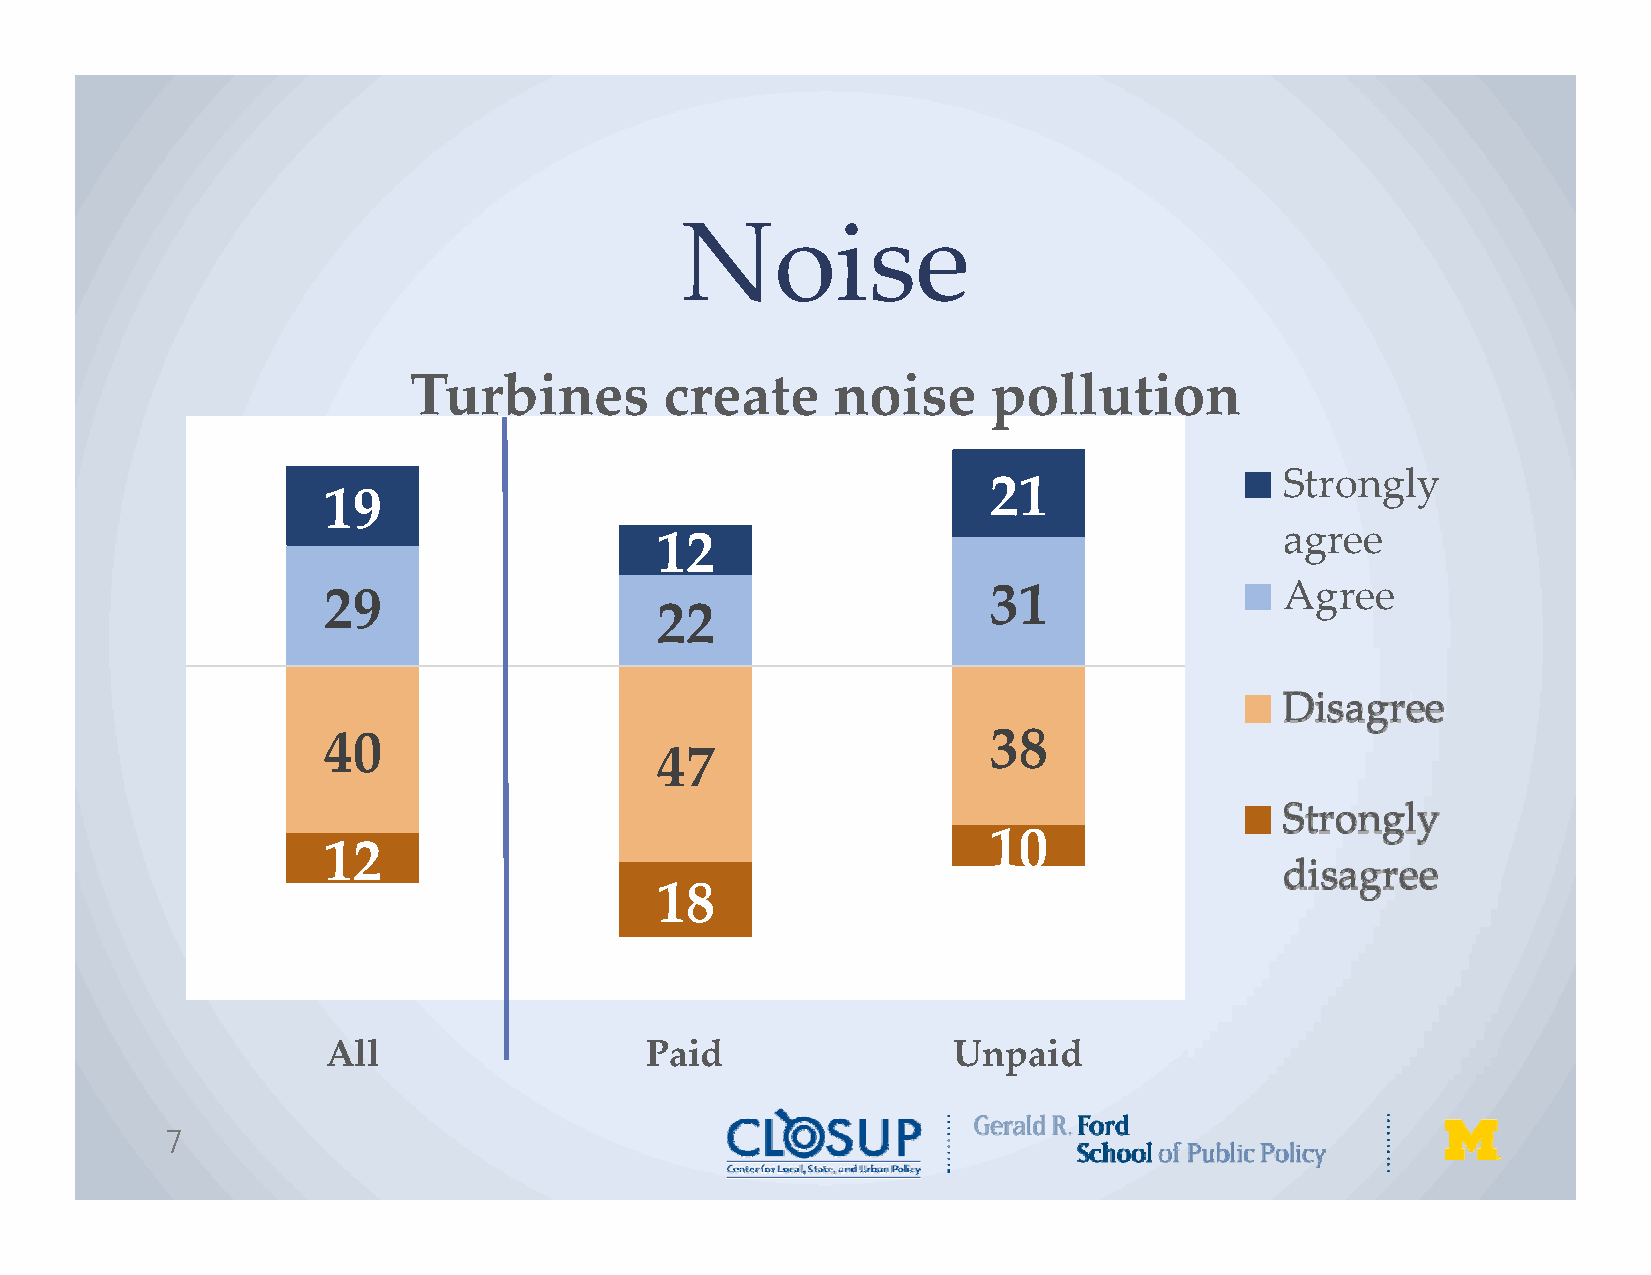
Noise
 Turbines         create     noise      pollution
 Strongly
 21
 19
 agree
 12
 29                                          31                  Agree
 22
 Strongly
 40                                          38
 47                                        disagree
 Disagree
 10
 12
 18
 All                  Paid                Unpaid
 7